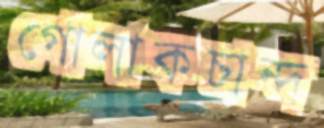
গোলাকচান্দ